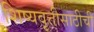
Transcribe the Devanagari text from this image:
शिष्यवृत्तीसाठीची